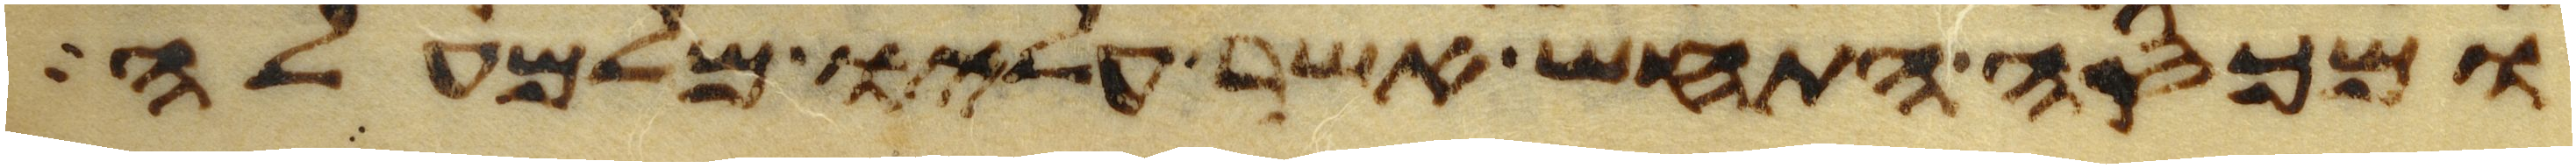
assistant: ומכסה התחש אשר עליו מלמעלה